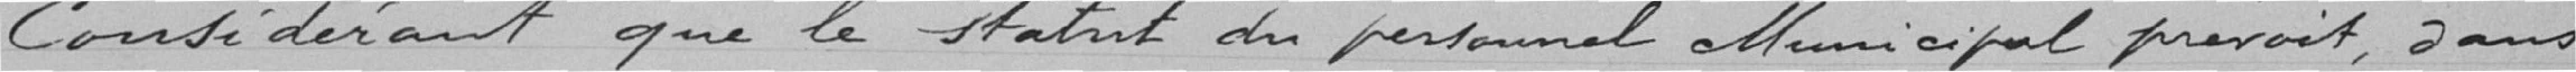
Considérant que le statut du personnel allunicipal prévoit, 2 ans